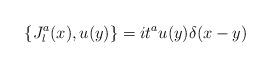
LaTeX: \begin{align*}\{ J_l^a (x), u (y)\} = it^a u (y)\delta (x-y)\end{align*}